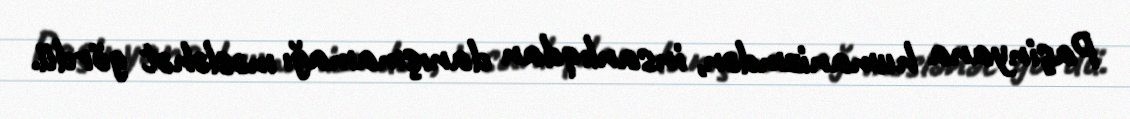
Paşinyana humanizmdən, insanlıqdan danışmamağı məsləhət gördü.